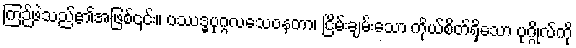
ကြဉ်ဖဲသည်၏အဖြစ်၎င်း။ ပဿဒ္ဓပုဂ္ဂလသေဝနတာ၊ ငြိမ်းချမ်းသော ကိုယ်စိတ်ရှိသော ပုဂ္ဂိုလ်ကို